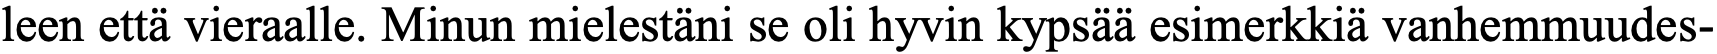
leen että vieraalle. Minun mielestäni se oli hyvin kypsää esimerkkiä vanhemmuudes-